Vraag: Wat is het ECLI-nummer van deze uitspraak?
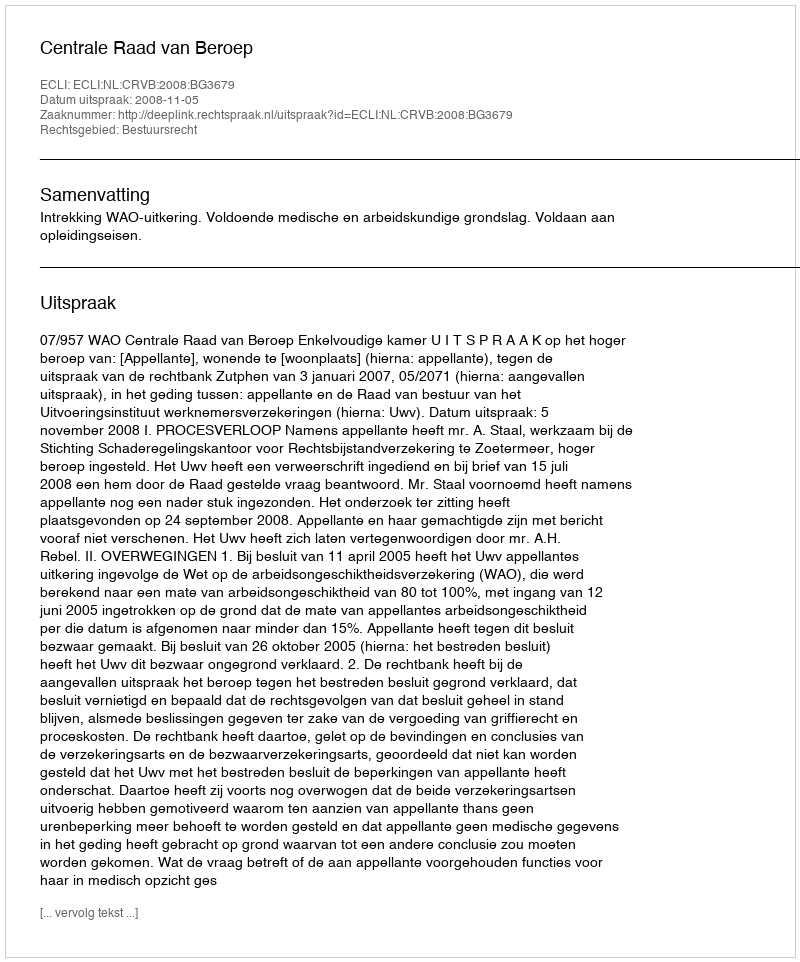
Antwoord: ECLI:NL:CRVB:2008:BG3679